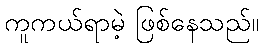
ကူကယ်ရာမဲ့ ဖြစ်နေသည်။